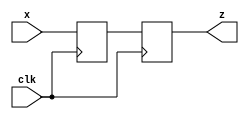
`timescale 1ns / 1ps

module syncho(input clk, x, output reg z);
reg q0; 
always @(posedge clk) 
    begin
         q0 <= x;
         z <= q0;
    end
endmodule